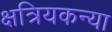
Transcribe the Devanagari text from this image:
क्षत्रियकन्या